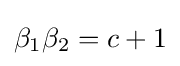
\beta _{1}\beta _{2}=c+1